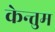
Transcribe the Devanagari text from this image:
केन्तुम